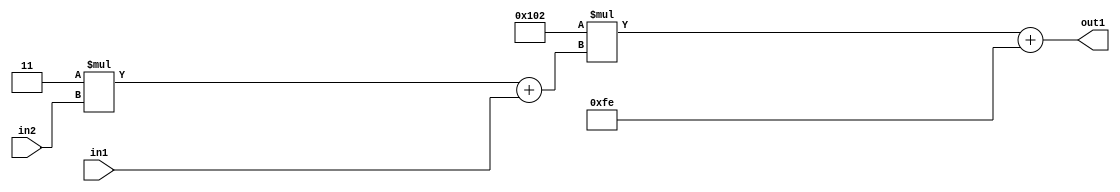
`timescale 1ps / 1ps
/*****************************************************************************
    Verilog RTL Description
    
    
    Created by: Stratus DpOpt 2019.1.01 
*******************************************************************************/

module DC_Filter_Add2i254Mul2i258Add2u1Mul2i3u2_1 (
	in2,
	in1,
	out1
	); /* architecture "behavioural" */ 
input [1:0] in2;
input  in1;
output [11:0] out1;
wire [11:0] asc001;
wire [3:0] asc002;

wire [3:0] asc002_tmp_0;
assign asc002_tmp_0 = 
	+(4'B0011 * in2);
assign asc002 = asc002_tmp_0
	+(in1);

wire [11:0] asc001_tmp_1;
assign asc001_tmp_1 = 
	+(12'B000100000010 * asc002);
assign asc001 = asc001_tmp_1
	+(12'B000011111110);

assign out1 = asc001;
endmodule

/* CADENCE  v7X1Qg8= : u9/ySgnWtBlWxVPRXgAZ4Og= ** DO NOT EDIT THIS LINE ******/